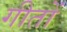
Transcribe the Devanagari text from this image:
गीतों